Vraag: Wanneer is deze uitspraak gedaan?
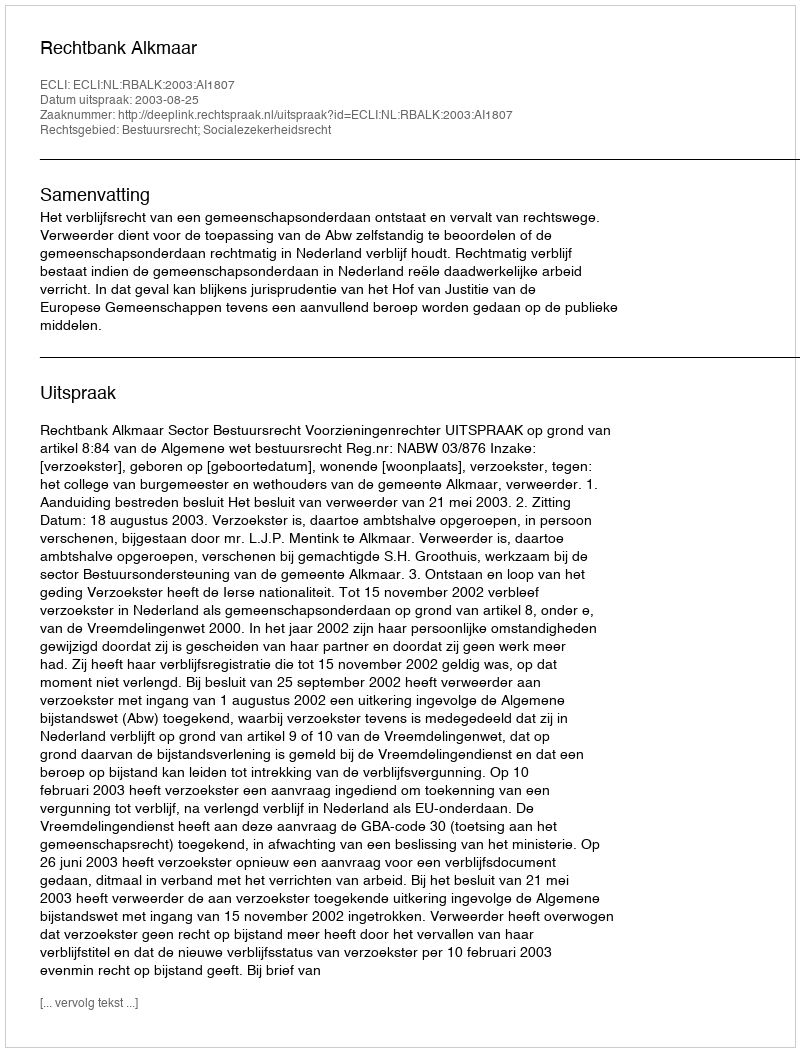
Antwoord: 2003-08-25